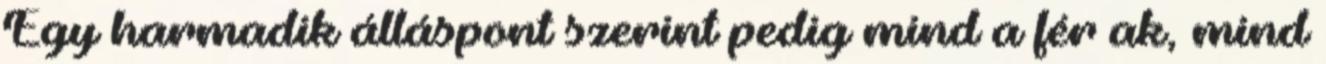
Egy harmadik álláspont szerint pedig mind a férﬁak, mind